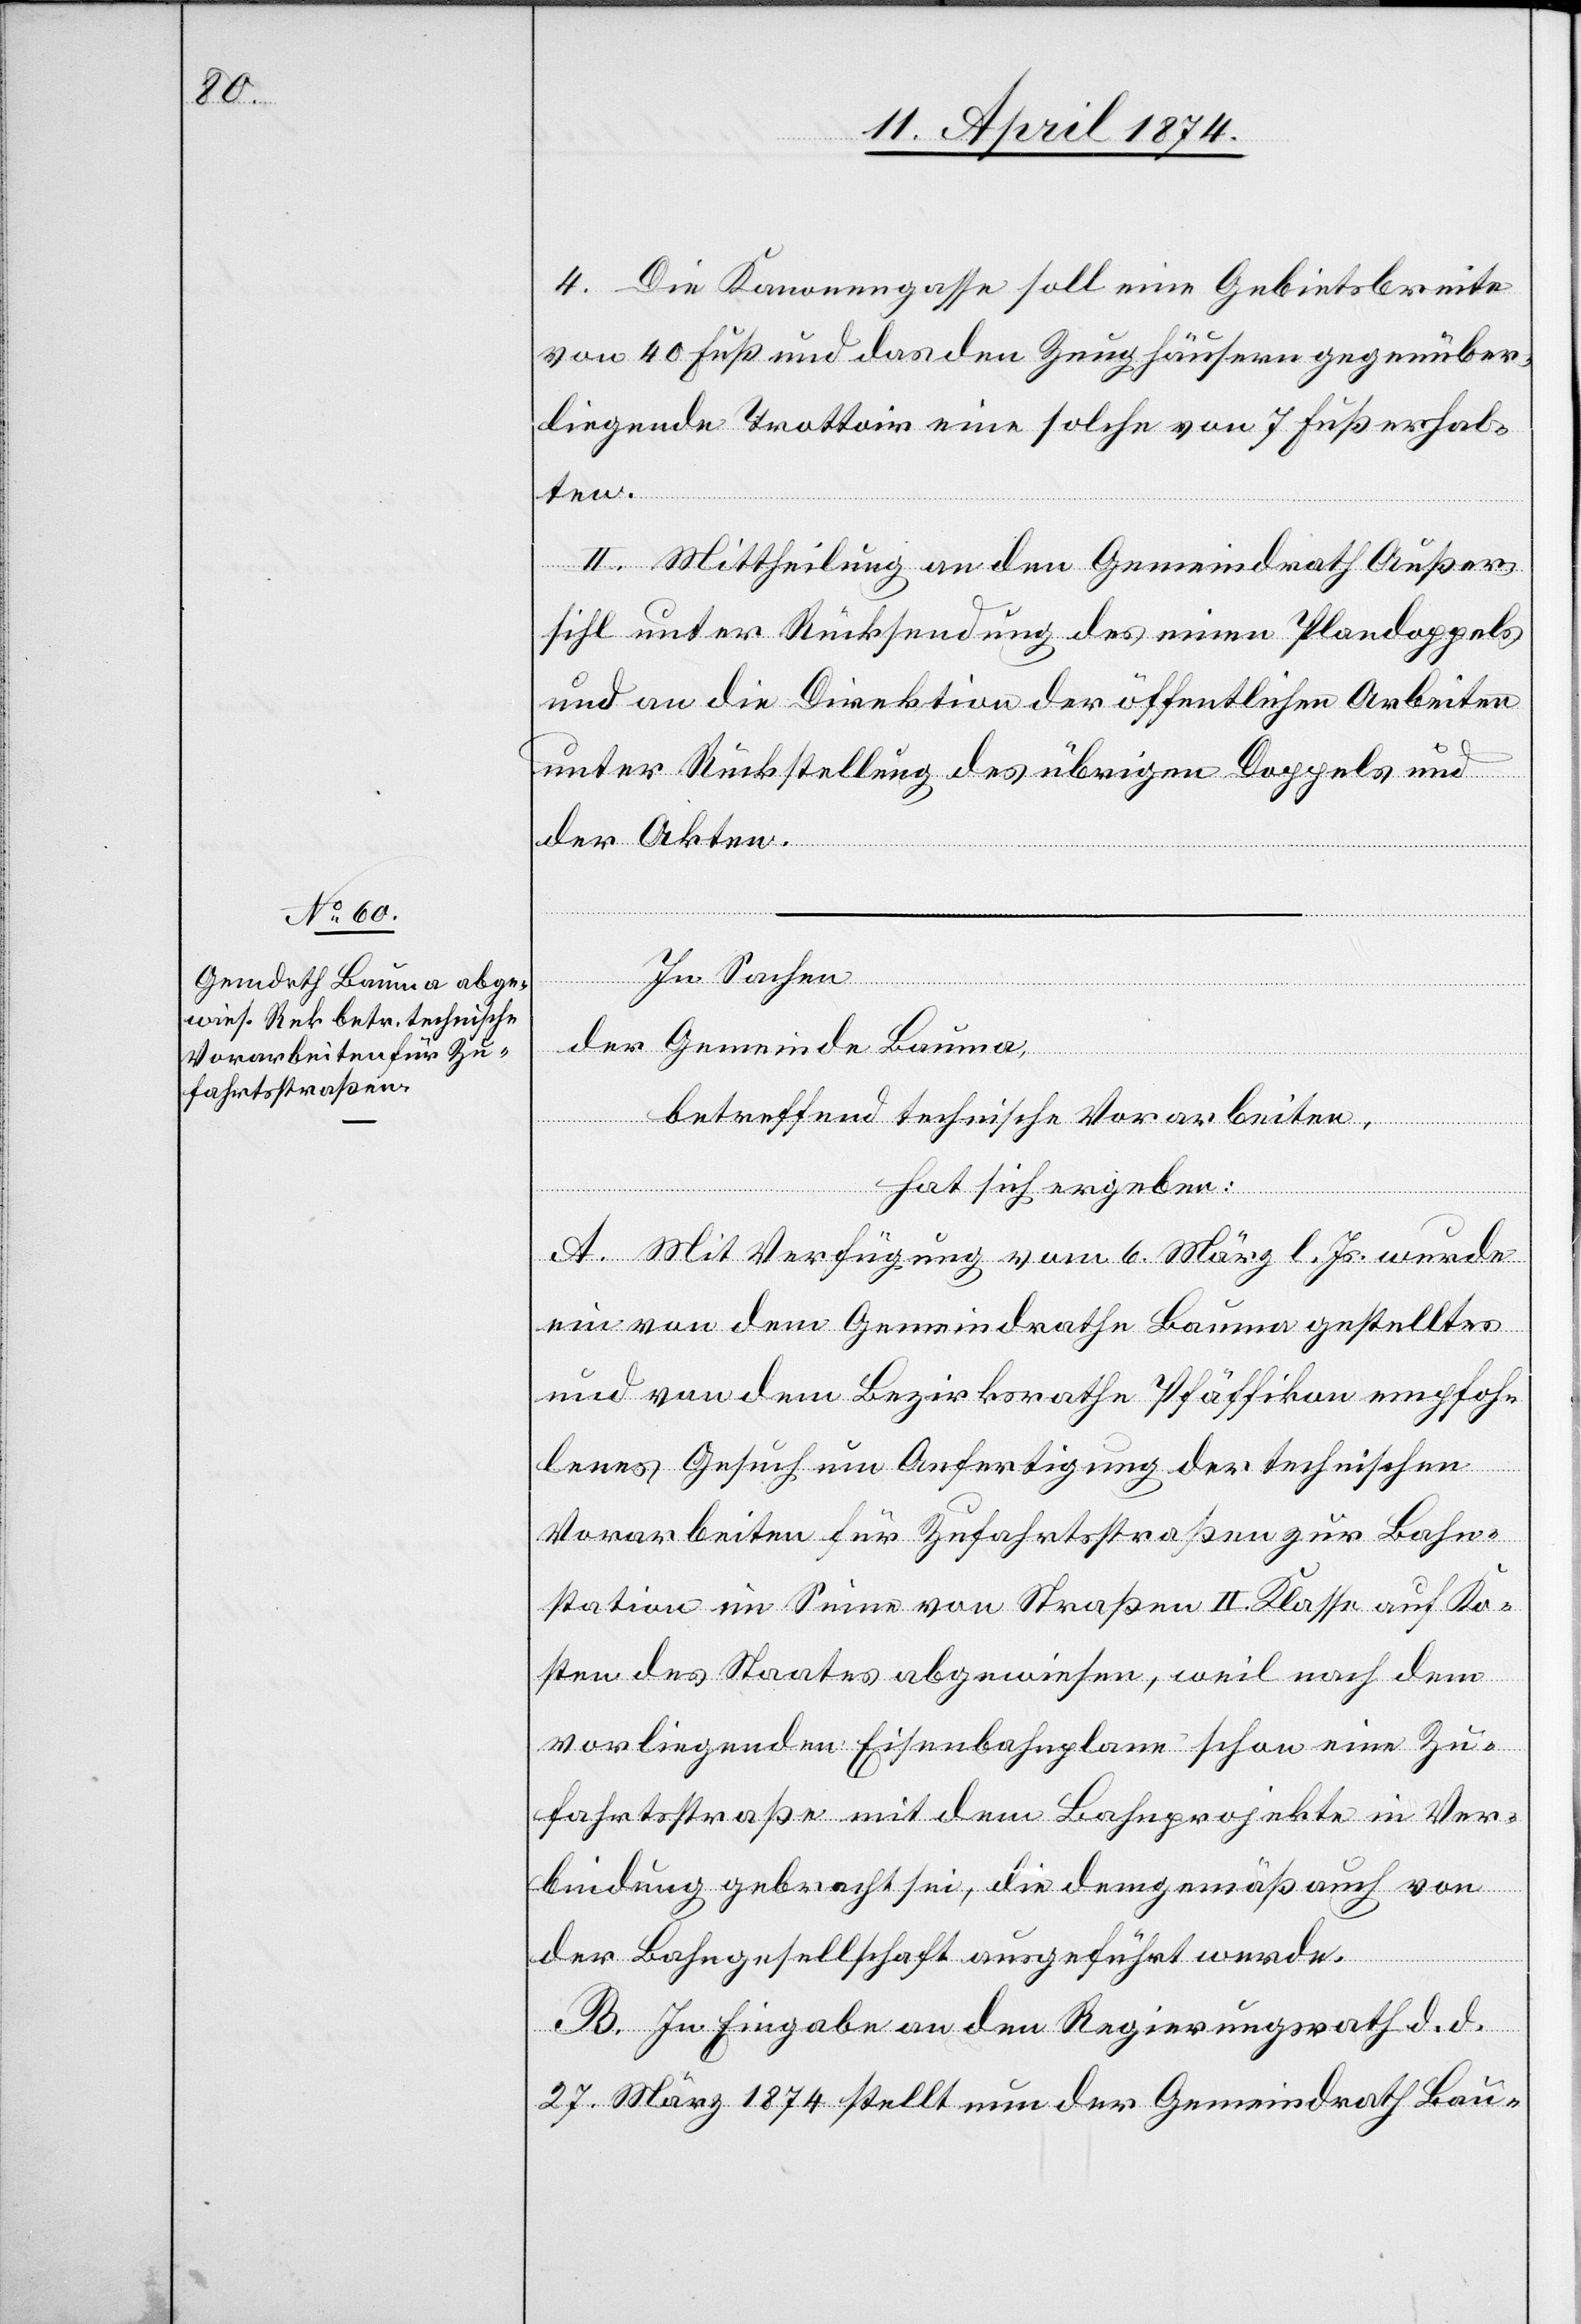
4. Die Kanonengasse soll eine Gebietsbreite
von 40 Fuß und das den Zeughäusern gegenüber¬
liegende Trottoir eine solche von 7 Fuß erhal¬
ten.
II. Mittheilung an den Gemeindrath Außer¬
sihl unter Rücksendung des einen Plandoppels
und an die Direktion der öffentlichen Arbeiten
unter Rückstellung des übrigen Doppels und
der Akten.
In Sachen
der Gemeinde Bauma,
betreffend technische Vorarbeiten,
hat sich ergeben:
A. Mit Verfügung vom 6. März l. Js. wurde
ein von dem Gemeindrathe Bauma gestelltes
und von dem Bezirksrathe Pfäffikon empfoh¬
lenes Gesuch um Anfertigung der technischen
Vorarbeiten für Zufahrtsstraßen zur Bahn¬
station im Sinne von Straßen II. Klasse auf Ko¬
sten des Staates abgewiesen, weil nach dem
vorliegenden Eisenbahnplane schon eine Zu¬
fahrtsstraße mit dem Bahnprojekte in Ver¬
bindung gebracht sei, die demgemäß auch von
der Bahngesellschaft ausgeführt wurde.
B. In Eingabe an den Regierungsrath d. d.
27. März 1874 stellt nun der Gemeindrath Bau-